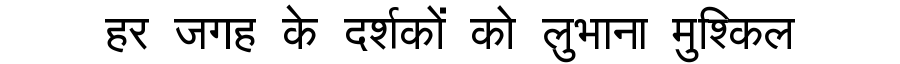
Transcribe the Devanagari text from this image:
हर जगह के दर्शकों को लुभाना मुश्किल